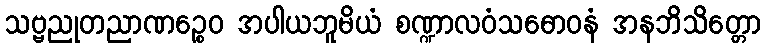
သဗ္ဗညုတညာဏဉ္စေဝ အပါယဘူမိယံ စဏ္ဍာလဝံသဓောဝနံ အနဘိသိတ္တော